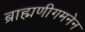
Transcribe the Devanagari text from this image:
ब्राह्मणीगमनेन